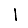
Digit: 1